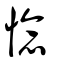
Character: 惗